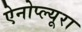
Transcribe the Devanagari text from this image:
ऐनोप्ल्यूरा